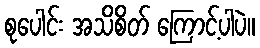
စုပေါင်း အသိစိတ် ကြောင့်ပါပဲ။